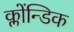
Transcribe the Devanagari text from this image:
क्लोंन्डिक